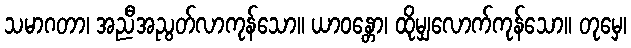
သမာဂတာ၊ အညီအညွတ်လာကုန်သော။ ယာဝန္တော၊ ထိုမျှလောက်ကုန်သော။ တုမှေ၊